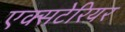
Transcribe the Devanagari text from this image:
एक्सटेरियर